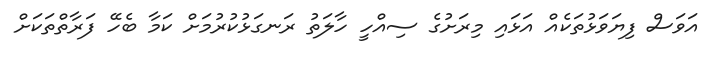
އަވަސް ފިޔަވަޅުތަކެއް އަޅައި މިރަށުގެ ސިއްހީ ހާލަތު ރަނގަޅުކުރުމަށް ކަމާ ބެހޭ ފަރާތްތަކަށް